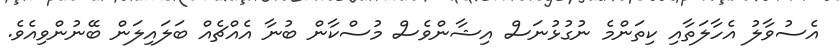
އެސުވާލު އެހާލަތާއި ކިތަންމެ ނުގުޅުނަސް އިޝާންވެސް މުސްކާން ބުނާ އެއްޗެއް ބަލައިލަން ބޭނުންވިއެވެ.